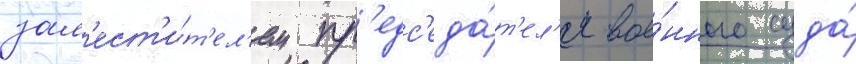
зам'ест'и́т'ел'ем пр'едс'еда́т'ел'я вое́нного суда́